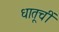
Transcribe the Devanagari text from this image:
धातूचीं